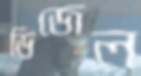
ডিজেল